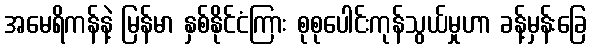
အမေရိကန်နဲ့ မြန်မာ နှစ်နိုင်ငံကြား စုစုပေါင်းကုန်သွယ်မှုဟာ ခန့်မှန်းခြေ